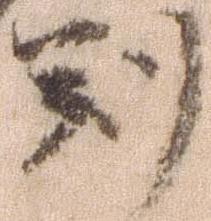
判